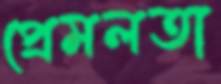
প্রেমলতা